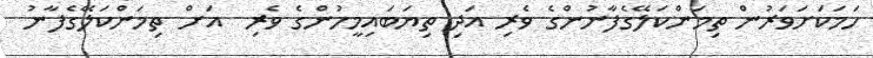
ހަމަކަށަވަރުން ތިމަންކަލޭގެފާނުންގެ ވެރި އަދި ތިޔަބައިމީހުންގެ ވެރި  އަށް ތިމަންކަލޭގެފާނު